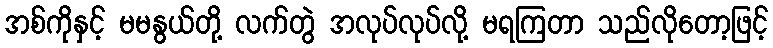
အစ်ကိုနှင့် မမနွယ်တို့ လက်တွဲ အလုပ်လုပ်လို့ မရကြတာ သည်လိုတော့ဖြင့်